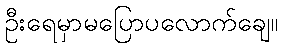
ဦးရေမှာမပြောပလောက်ချေ။